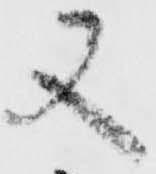
又